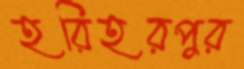
হরিহরপুর